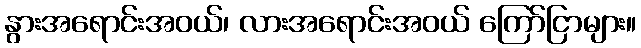
နွားအရောင်းအဝယ်၊ လားအရောင်းအဝယ် ကြော်ငြာများ။